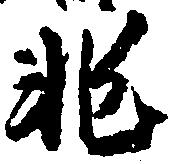
非